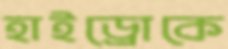
হাইড্রোকে